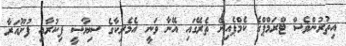
އިތުރުންވެސް ޓްރަމްޕްގެ ކެމްޕެއިން ތެރޭގައި އޭނާ ވަނީ އެމެރިކާގެ ސިޔާސީ ފިކުރާއި ފުށޫއަރާ